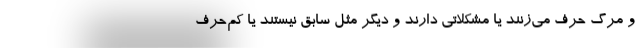
و مرگ حرف می‌زنند یا مشکلاتی دارند و دیگر مثل سابق نیستند یا کم‌حرف